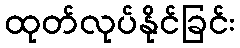
ထုတ်လုပ်နိုင်ခြင်း